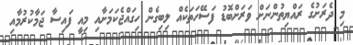
މި ދެރަށުގެ ރައްޔިތުންނަށް ވަރަށްބޮޑު ފަސޭހަތަކެއް ލިބިގެން ހިގައްޖެކަމަށާއި މިއީ ފައިސާ ޖަމާކުރުމާއި